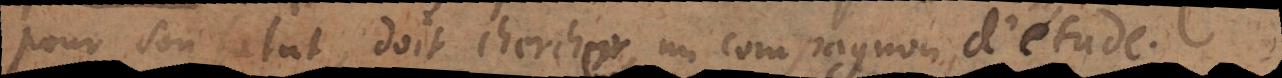
pour son salut, doit chercher un compagnon d’étude.